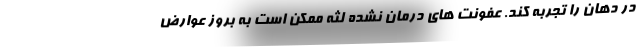
در دهان را تجربه کند. عفونت های درمان نشده لثه ممکن است به بروز عوارض